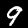
Label: 9